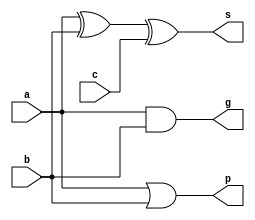
`timescale 1ns / 1ps
//////////////////////////////////////////////////////////////////////////////////
// Company: 
// Engineer: 
// 
// Design Name: 
// Module Name: adder
// Project Name: 
// Target Devices: 
// Tool Versions: 
// Description: 
// 
// Dependencies: 
// 
// Revision:
// Revision 0.01 - File Created
// Additional Comments:
// 
//////////////////////////////////////////////////////////////////////////////////



module add(a,b,c,g,p,s);
	input wire  a,b,c;
	output wire g,p,s;
	assign s = a^b^c;
	assign g = a & b;
	assign p = a | b;
 
endmodule
 
module gp_generator(g,p,c_in,g_out,p_out,c_out);
	input wire  [1:0]g,p;
	input wire       c_in;
	output wire g_out,p_out,c_out;
	assign g_out = g[1] | (p[1] & g[0]);
	assign p_out = g[0]&p[1];
	assign c_out = g[0] | (p[0] & c_in);
endmodule
 
module cal_2(a,b,s,c_in,g_out,p_out);
	input wire   [1:0] a,b;
	input wire         c_in;
	output wire        g_out,p_out;
	output wire  [1:0] s;
	wire               c_out;
	wire         [1:0] g,p;
	add a0(a[0],b[0],c_in,g[0],p[0],s[0]);
	add a1(a[1],b[1],c_out,g[1],p[1],s[1]);
	gp_generator gp0(g,p,c_in,g_out,p_out,c_out);
endmodule
 
module cal_4(a,b,s,c_in,g_out,p_out);
	input        [3:0] a,b;
	input              c_in;
	output             g_out,p_out;
	output       [3:0] s;
	wire         [3:0] a,b;
	wire               c_in;
	wire               c_out;
	wire         [1:0] g,p;
	wire               g_out,p_out;
	wire         [3:0] s;
	cal_2 c0(a[1:0],b[1:0],s[1:0],c_in,g[0],p[0]);
	cal_2 c1(a[3:2],b[3:2],s[3:2],c_out,g[1],p[1]);
	gp_generator gp0(g,p,c_in,g_out,p_out,c_out);
endmodule
 
module cal_8(a,b,s,c_in,g_out,p_out);
	input        [7:0] a,b;
	input              c_in;
	output             g_out,p_out;
	output       [7:0] s;
	wire         [7:0] a,b;
	wire               c_in;
	wire               c_out;
	wire         [1:0] g,p;	
	wire               g_out,p_out;
	wire         [7:0] s;
	cal_4 c0(a[3:0],b[3:0],s[3:0],c_in, g[0],p[0]);
	cal_4 c1(a[7:4],b[7:4],s[7:4],c_out,g[1],p[1]);
	gp_generator gp0(g,p,c_in,g_out,p_out,c_out);
endmodule
 
module cal_16(a,b,s,c_in,g_out,p_out);
	input        [15:0]a,b;
	input              c_in;
	output             g_out,p_out;
	output       [15:0]s;
	wire         [15:0]a,b;
	wire               c_in;
	wire         [1:0] g,p;	
	wire               c_out;
	wire               g_out,p_out;
	wire         [15:0]s;
	cal_8 c0(a[7:0], b[7:0], s[7:0], c_in, g[0],p[0]);
	cal_8 c1(a[15:8],b[15:8],s[15:8],c_out,g[1],p[1]);
	gp_generator gp0(g,p,c_in,g_out,p_out,c_out);
endmodule
 
module cal_32(a,b,s,c_in,g_out,p_out);
	input        [31:0]a,b;
	input              c_in;
	output             g_out,p_out;
	output       [31:0]s;
	wire         [31:0]a,b;
	wire               c_in;
	wire         [1:0] g,p;
	wire               c_out;
	wire               g_out,p_out;
	wire         [31:0]s;
	cal_16 c0(a[15:0], b[15:0], s[15:0],c_in, g[0],p[0]);
	cal_16 c1(a[31:16],b[31:16],s[31:16], c_out,g[1],p[1]);
	gp_generator gp0(g,p,c_in,g_out,p_out,c_out);
endmodule